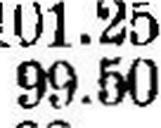
99.50